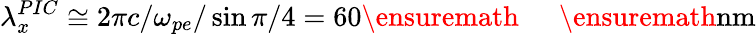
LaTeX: \lambda_{x}^{PIC}\cong 2\pi c/\omega_{pe}/\sin{\pi/4}=60\ensuremath{\mathrm{~\textrm~{~\, ~}~}}\ensuremath{\mathrm{nm}}